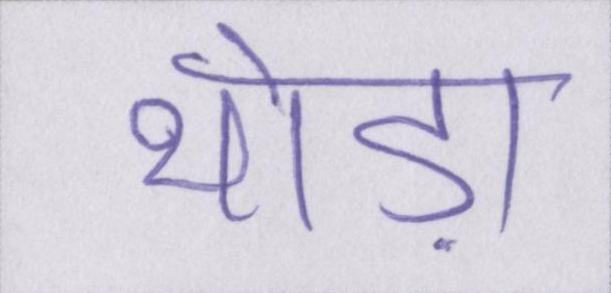
थोड़ा